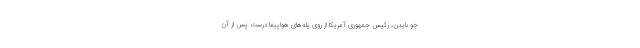
جو بایدن، رئیس جمهوری آمریکا از روی پله‌های هواپیما درست پس از آن